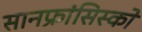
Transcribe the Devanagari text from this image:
सानफ्रांसिस्को